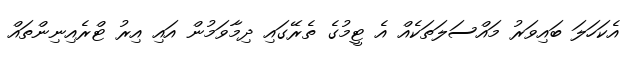
އެކަހަލަ ބައިވަރު މައްސަލަތަކެއް އެ ޓީމުގެ ތެރޭގައި ދިމާވަމުން އައި އިރު ޓްރެއިނިންތައް